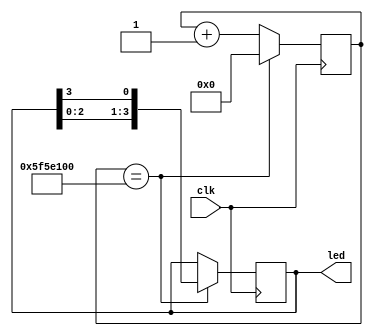
`timescale 1ns / 1ps
//module Running_LED(input clk, output reg[3:0]led=4'b0001);
module Running_LED(clk, led);
input clk;
output reg [3:0] led=4'b0001;
parameter cntmax=32'd100000000;//declare a constant as the max # for the counter
reg [31:0]cnt;//declare nonport var, a counter
always @(posedge clk)
if(cnt==cntmax)
begin
    cnt<=32'd0;
    led<={led[2:0],led[3]}; 
/// Shifts MSB to LSB and shifts remaining 3 bits left.
/// ex = 0001 => 0010 => 0100 => 1000 => 0001 
end
else
begin  
        cnt<=cnt+1;
        led<=led;
end
endmodule

module Running_LED_fpga_tb(input clk, output [15:0]led);
Running_LED dut( 
    .clk(clk),.led(led[3:0])
);
endmodule